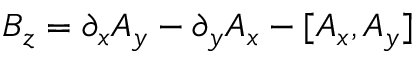
B _ { z } = \partial _ { x } A _ { y } - \partial _ { y } A _ { x } - [ A _ { x } , A _ { y } ]